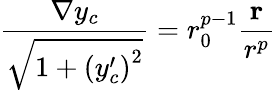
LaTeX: \frac{{\mathbf\nabla}y_{c}}{\sqrt{1+\left(y_{c}^{\prime}\right)^{2}}}=r_{0}^{p-1}\frac{{\mathbf r}}{r^{p}}